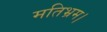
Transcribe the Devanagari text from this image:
मतिभ्रम।